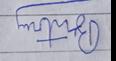
Signature authenticity: forged